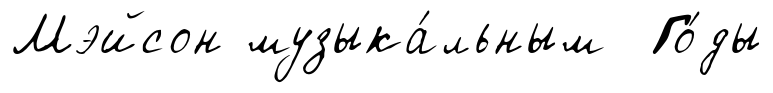
Мэйсон музыка́льным Го́ды